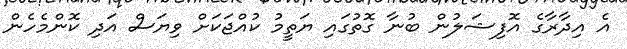
އެ އިދާރާގެ އޮފިޝަލުން ބުނާ ގޮތުގައި ޔަތީމު ކުއްޖަކަށް ވިޔަސް އަދި ކޮންމެހެން